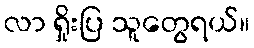
လာ ရှိုးပြ သူတွေရယ်။